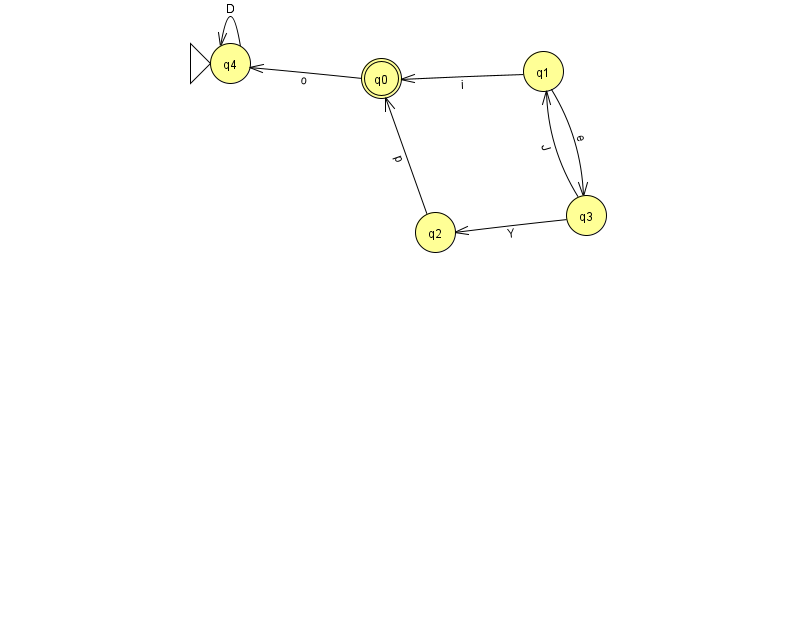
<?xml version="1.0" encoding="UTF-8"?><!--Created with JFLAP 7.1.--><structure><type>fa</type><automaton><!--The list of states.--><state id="0" name="q0"><x>381.0</x><y>65.0</y><final/></state><state id="1" name="q1"><x>543.0</x><y>58.0</y></state><state id="2" name="q2"><x>435.0</x><y>219.0</y></state><state id="3" name="q3"><x>586.0</x><y>202.0</y></state><state id="4" name="q4"><x>230.0</x><y>50.0</y><initial/></state><!--The list of transitions.--><transition><from>1</from><to>3</to><read>e</read></transition><transition><from>1</from><to>0</to><read>i</read></transition><transition><from>2</from><to>0</to><read>p</read></transition><transition><from>0</from><to>4</to><read>o</read></transition><transition><from>4</from><to>4</to><read>D</read></transition><transition><from>3</from><to>2</to><read>Y</read></transition><transition><from>3</from><to>1</to><read>J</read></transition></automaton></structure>